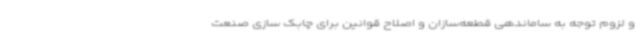
و لزوم توجه به ساماندهی قطعه‌سازان و اصلاح قوانین برای چابک سازی صنعت